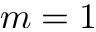
m = 1